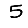
Digit: 5